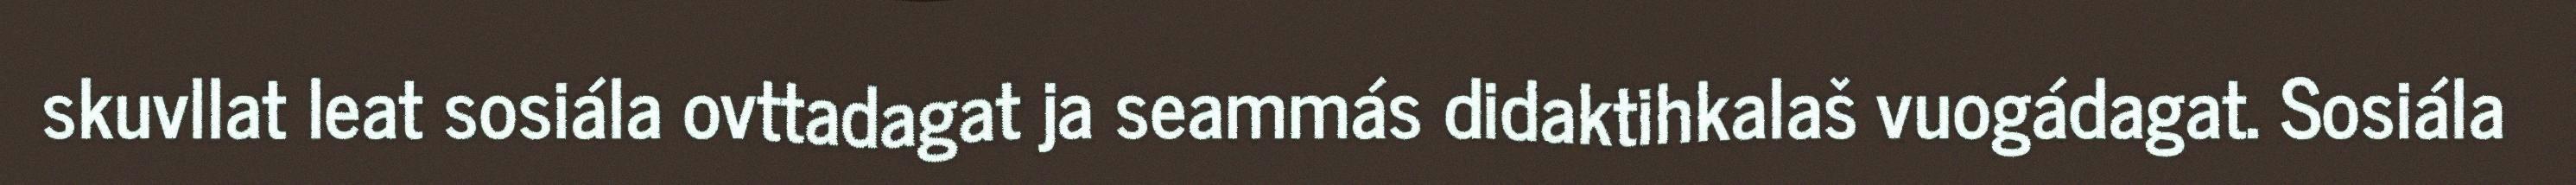
skuvllat leat sosiála ovttadagat ja seammás didaktihkalaš vuogádagat. Sosiála